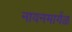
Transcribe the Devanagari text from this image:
नायनमार्गळ